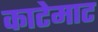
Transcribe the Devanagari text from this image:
काटेमाट